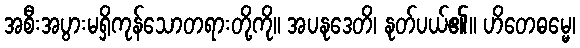
အစီးအပွားမရှိကုန်သောတရားတို့ကို။ အပနုဒေတိ၊ နုတ်ပယ်၏။ ဟိတေဓမ္မေ၊